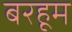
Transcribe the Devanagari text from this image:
बरहूम